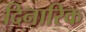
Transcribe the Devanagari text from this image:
दिनारिक